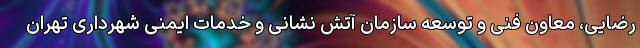
رضایی، معاون فنی و توسعه سازمان آتش نشانی و خدمات ایمنی شهرداری تهران